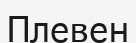
Плевен